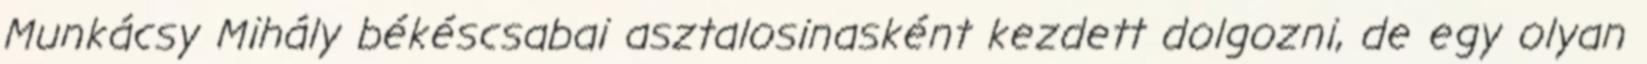
Munkácsy Mihály békéscsabai asztalosinasként kezdett dolgozni, de egy olyan